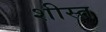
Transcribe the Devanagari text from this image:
शीस्त